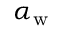
\alpha _ { \mathrm { w } }